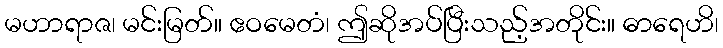
မဟာရာဇ၊ မင်းမြတ်။ ဧဝမေတံ၊ ဤဆိုအပ်ပြီးသည့်အတိုင်း။ ဓာရေဟိ၊